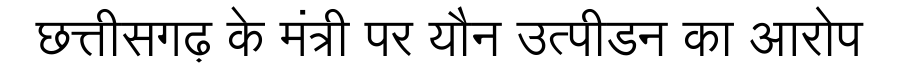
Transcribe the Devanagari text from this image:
छत्तीसगढ़ के मंत्री पर यौन उत्पीडन का आरोप